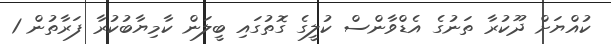
ކުއްޔަށް ދޫކުރާ ތަނުގެ އެޑްވާންސް ކުލީގެ ގޮތުގައި ބީލަން ކާމިޔާބުކުރާ ފަރާތުން 1